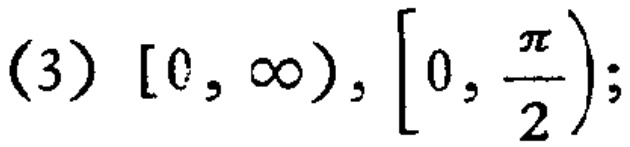
(3) $[0, \infty), \left[0, \frac{\pi}{2}\right);$